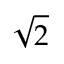
\sqrt { 2 }